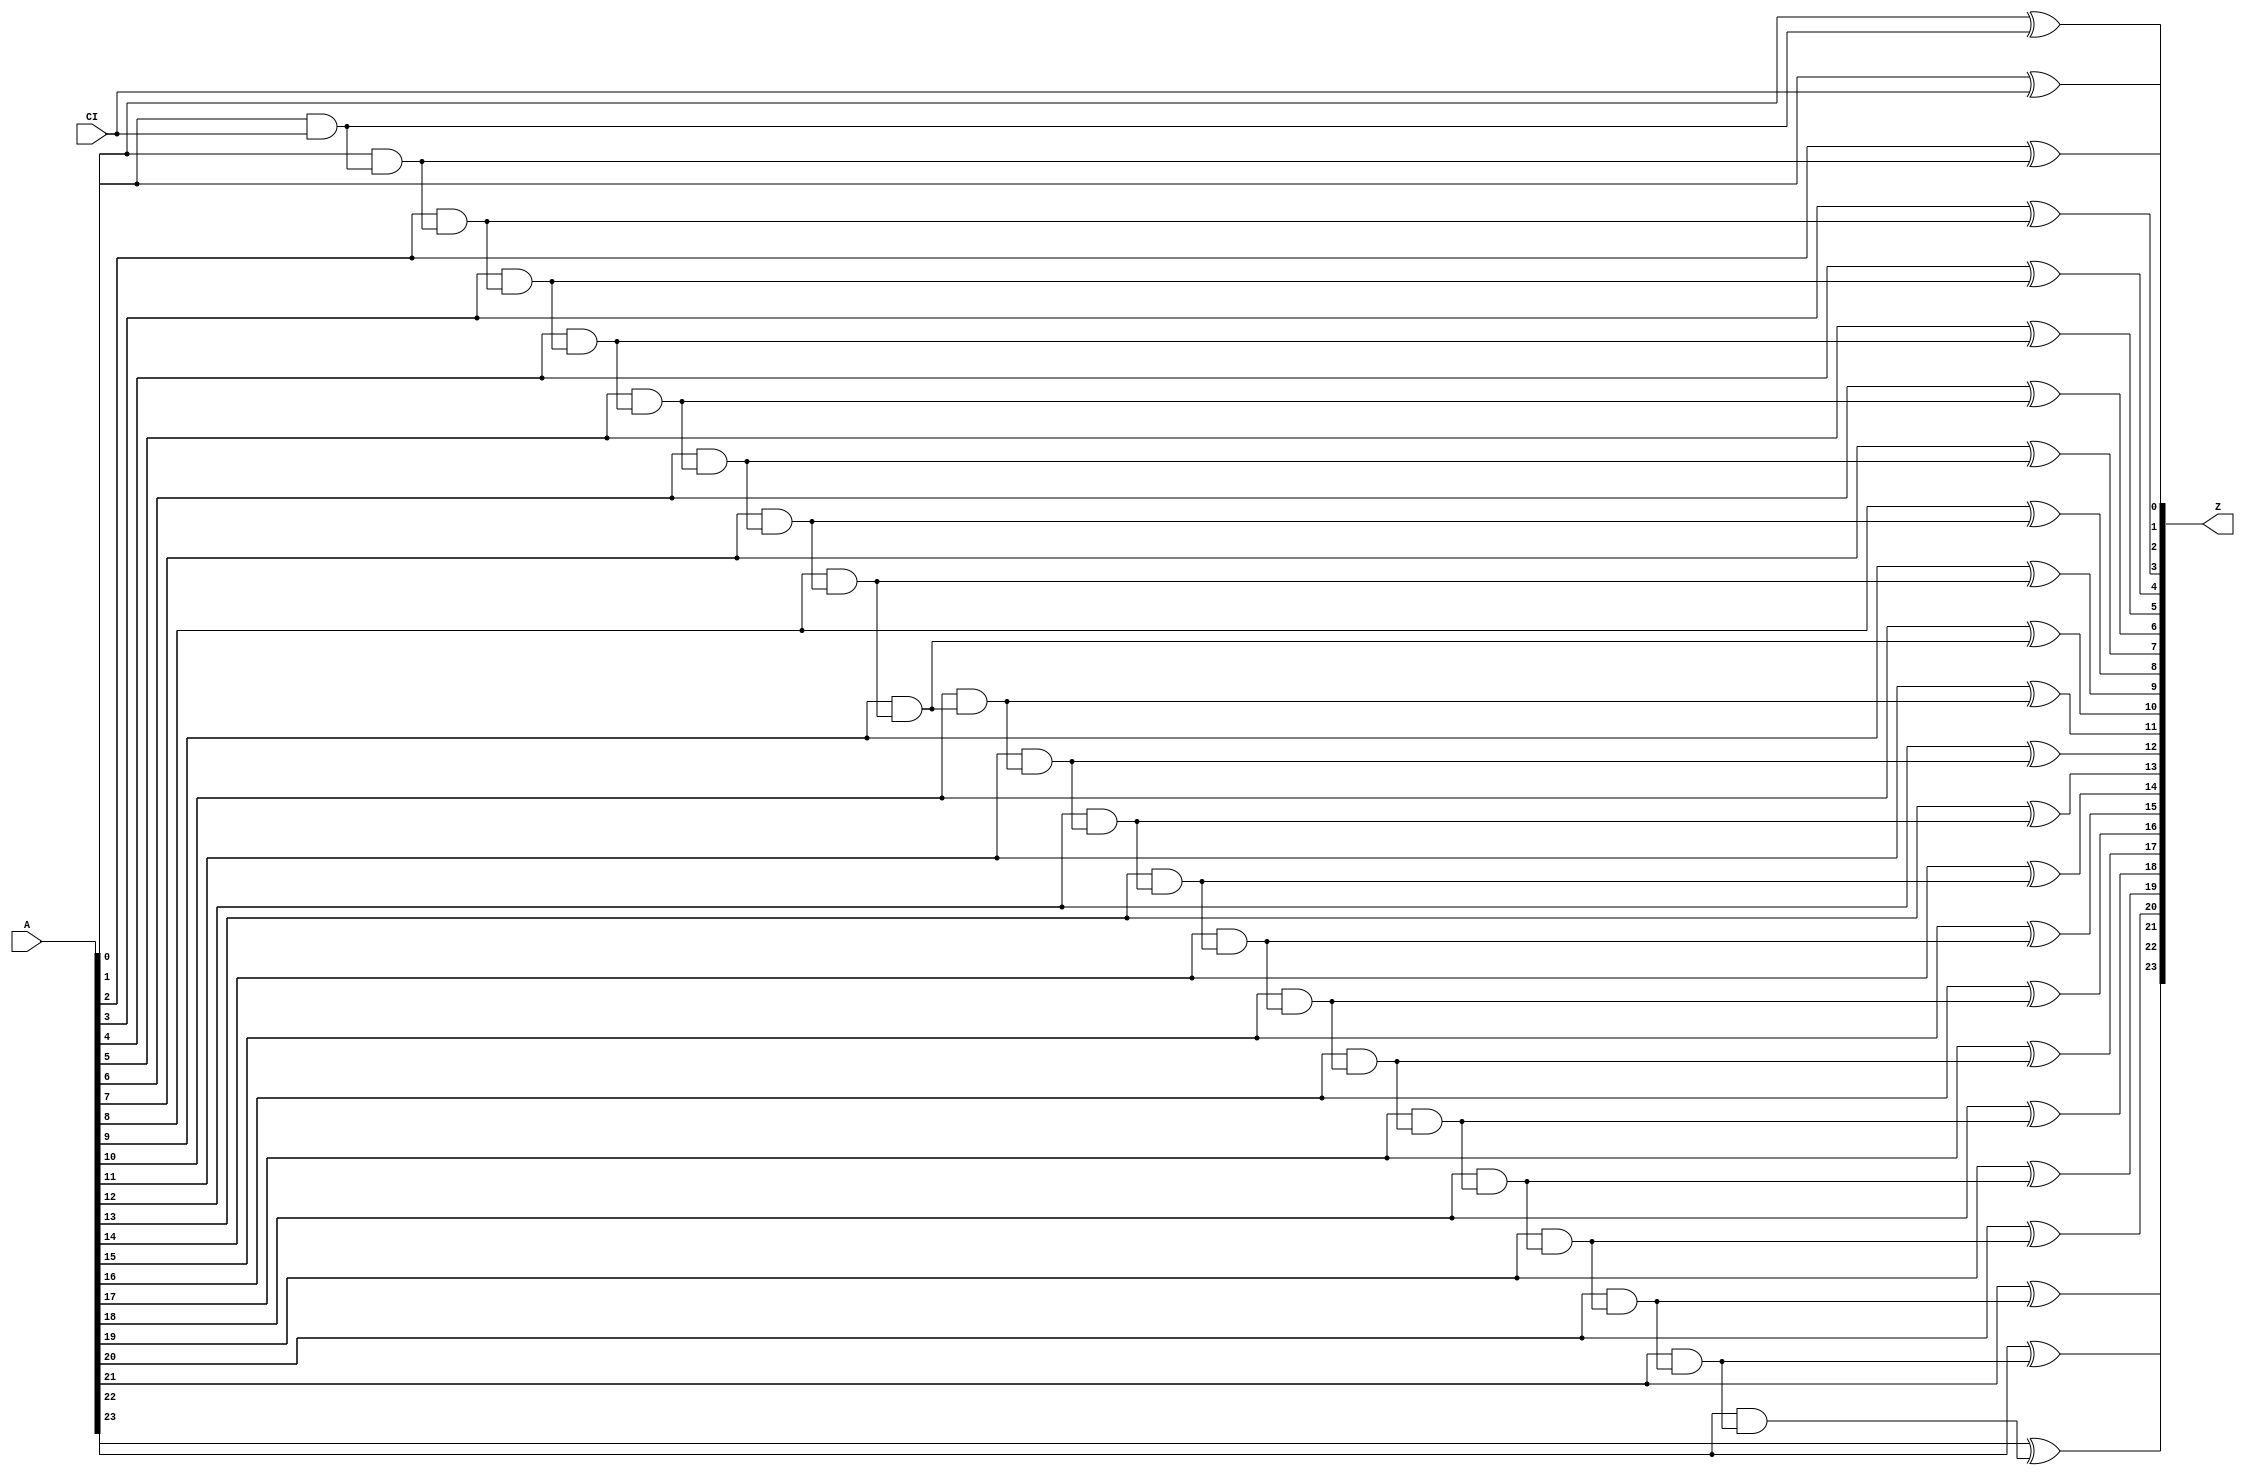
module increment_unsigned_GENERIC_REAL(A, CI, Z);
// synthesis_equation increment_unsigned
  input [23:0] A;
  input CI;
  output [23:0] Z;
  wire [23:0] A;
  wire CI;
  wire [23:0] Z;
  wire n_50, n_51, n_52, n_53, n_54, n_55, n_56, n_57;
  wire n_58, n_59, n_60, n_61, n_62, n_63, n_64, n_65;
  wire n_66, n_67, n_68, n_69, n_70, n_71, n_72;
  xor g1 (Z[0], A[0], CI);
  and g2 (n_50, A[0], CI);
  xor g24 (Z[1], A[1], n_50);
  and g25 (n_51, A[1], n_50);
  xor g26 (Z[2], A[2], n_51);
  and g27 (n_52, A[2], n_51);
  xor g28 (Z[3], A[3], n_52);
  and g29 (n_53, A[3], n_52);
  xor g30 (Z[4], A[4], n_53);
  and g31 (n_54, A[4], n_53);
  xor g32 (Z[5], A[5], n_54);
  and g33 (n_55, A[5], n_54);
  xor g34 (Z[6], A[6], n_55);
  and g35 (n_56, A[6], n_55);
  xor g36 (Z[7], A[7], n_56);
  and g37 (n_57, A[7], n_56);
  xor g38 (Z[8], A[8], n_57);
  and g39 (n_58, A[8], n_57);
  xor g40 (Z[9], A[9], n_58);
  and g41 (n_59, A[9], n_58);
  xor g42 (Z[10], A[10], n_59);
  and g43 (n_60, A[10], n_59);
  xor g44 (Z[11], A[11], n_60);
  and g45 (n_61, A[11], n_60);
  xor g46 (Z[12], A[12], n_61);
  and g47 (n_62, A[12], n_61);
  xor g48 (Z[13], A[13], n_62);
  and g49 (n_63, A[13], n_62);
  xor g50 (Z[14], A[14], n_63);
  and g51 (n_64, A[14], n_63);
  xor g52 (Z[15], A[15], n_64);
  and g53 (n_65, A[15], n_64);
  xor g54 (Z[16], A[16], n_65);
  and g55 (n_66, A[16], n_65);
  xor g56 (Z[17], A[17], n_66);
  and g57 (n_67, A[17], n_66);
  xor g58 (Z[18], A[18], n_67);
  and g59 (n_68, A[18], n_67);
  xor g60 (Z[19], A[19], n_68);
  and g61 (n_69, A[19], n_68);
  xor g62 (Z[20], A[20], n_69);
  and g63 (n_70, A[20], n_69);
  xor g64 (Z[21], A[21], n_70);
  and g65 (n_71, A[21], n_70);
  xor g66 (Z[22], A[22], n_71);
  and g67 (n_72, A[22], n_71);
  xor g68 (Z[23], A[23], n_72);
endmodule

module increment_unsigned_GENERIC(A, CI, Z);
  input [23:0] A;
  input CI;
  output [23:0] Z;
  wire [23:0] A;
  wire CI;
  wire [23:0] Z;
  increment_unsigned_GENERIC_REAL g1(.A (A), .CI (CI), .Z (Z));
endmodule